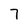
Character: 7